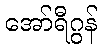
အော်ရီဂွန်